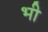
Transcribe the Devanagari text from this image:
भी